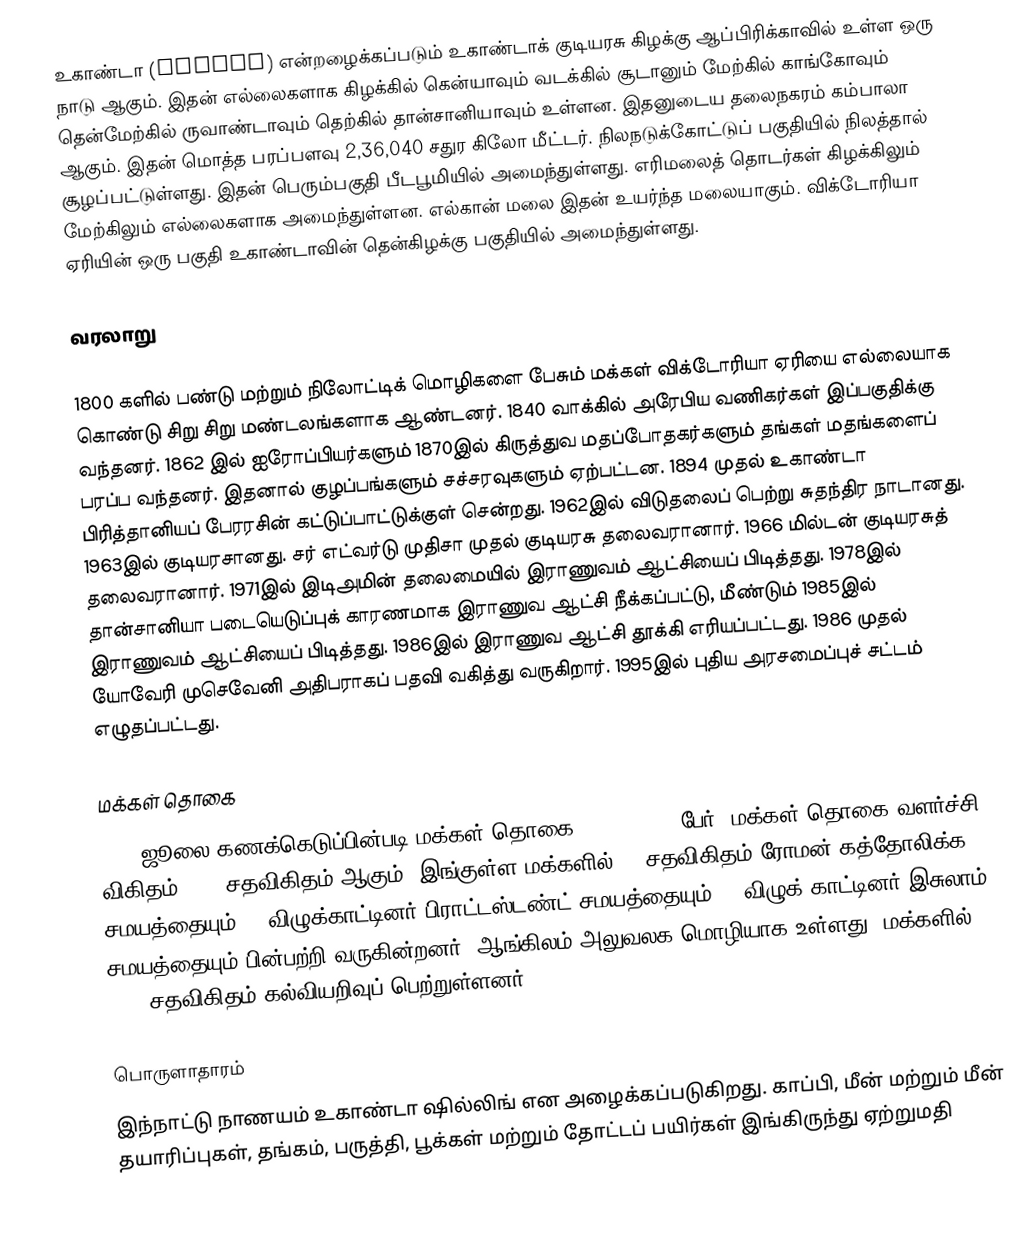
உகாண்டா (Uganda) என்றழைக்கப்படும் உகாண்டாக் குடியரசு கிழக்கு ஆப்பிரிக்காவில் உள்ள ஒரு நாடு ஆகும். இதன் எல்லைகளாக கிழக்கில் கென்யாவும் வடக்கில் சூடானும் மேற்கில் காங்கோவும் தென்மேற்கில் ருவாண்டாவும் தெற்கில் தான்சானியாவும் உள்ளன. இதனுடைய தலைநகரம் கம்பாலா ஆகும். இதன் மொத்த பரப்பளவு 2,36,040 சதுர கிலோ மீட்டர். நிலநடுக்கோட்டுப் பகுதியில் நிலத்தால் சூழப்பட்டுள்ளது. இதன் பெரும்பகுதி பீடபூமியில் அமைந்துள்ளது. எரிமலைத் தொடர்கள் கிழக்கிலும் மேற்கிலும் எல்லைகளாக அமைந்துள்ளன. எல்கான் மலை இதன் உயர்ந்த மலையாகும். விக்டோரியா ஏரியின் ஒரு பகுதி உகாண்டாவின் தென்கிழக்கு பகுதியில் அமைந்துள்ளது.

வரலாறு

1800 களில் பண்டு மற்றும் நிலோட்டிக் மொழிகளை பேசும் மக்கள் விக்டோரியா ஏரியை எல்லையாக கொண்டு சிறு சிறு மண்டலங்களாக ஆண்டனர். 1840 வாக்கில் அரேபிய வணிகர்கள் இப்பகுதிக்கு வந்தனர். 1862 இல் ஐரோப்பியர்களும் 1870இல் கிருத்துவ மதப்போதகர்களும் தங்கள் மதங்களைப் பரப்ப வந்தனர். இதனால் குழப்பங்களும் சச்சரவுகளும் ஏற்பட்டன.  1894 முதல் உகாண்டா பிரித்தானியப் பேரரசின் கட்டுப்பாட்டுக்குள் சென்றது. 1962இல் விடுதலைப் பெற்று சுதந்திர நாடானது. 1963இல் குடியரசானது. சர் எட்வர்டு முதிசா முதல் குடியரசு தலைவரானார். 1966 மில்டன் குடியரசுத் தலைவரானார்.  1971இல் இடிஅமின் தலைமையில் இராணுவம் ஆட்சியைப் பிடித்தது. 1978இல் தான்சானியா படையெடுப்புக் காரணமாக இராணுவ ஆட்சி நீக்கப்பட்டு, மீண்டும் 1985இல் இராணுவம் ஆட்சியைப் பிடித்தது. 1986இல் இராணுவ ஆட்சி தூக்கி எரியப்பட்டது. 1986 முதல் யோவேரி முசெவேனி அதிபராகப் பதவி வகித்து வருகிறார். 1995இல் புதிய அரசமைப்புச் சட்டம் எழுதப்பட்டது.

மக்கள் தொகை
2006 ஜூலை கணக்கெடுப்பின்படி மக்கள் தொகை: 2,81,95,75 பேர். மக்கள் தொகை வளர்ச்சி விகிதம் 3.37 சதவிகிதம் ஆகும். இங்குள்ள மக்களில் 33 சதவிகிதம் ரோமன் கத்தோலிக்க சமயத்தையும் 33 விழுக்காட்டினர் பிராட்டஸ்டண்ட் சமயத்தையும் 16 விழுக் காட்டினர் இசுலாம் சமயத்தையும் பின்பற்றி வருகின்றனர். ஆங்கிலம் அலுவலக மொழியாக உள்ளது. மக்களில்  69.9 சதவிகிதம் கல்வியறிவுப் பெற்றுள்ளனர்.

பொருளாதாரம்
இந்நாட்டு நாணயம் உகாண்டா ஷில்லிங் என அழைக்கப்படுகிறது. காப்பி, மீன் மற்றும் மீன் தயாரிப்புகள், தங்கம், பருத்தி, பூக்கள் மற்றும் தோட்டப் பயிர்கள் இங்கிருந்து ஏற்றுமதி